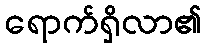
ရောက်ရှိလာ၏